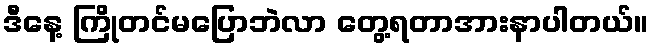
ဒီနေ့ ကြိုတင်မပြောဘဲလာ တွေ့ရတာအားနာပါတယ်။